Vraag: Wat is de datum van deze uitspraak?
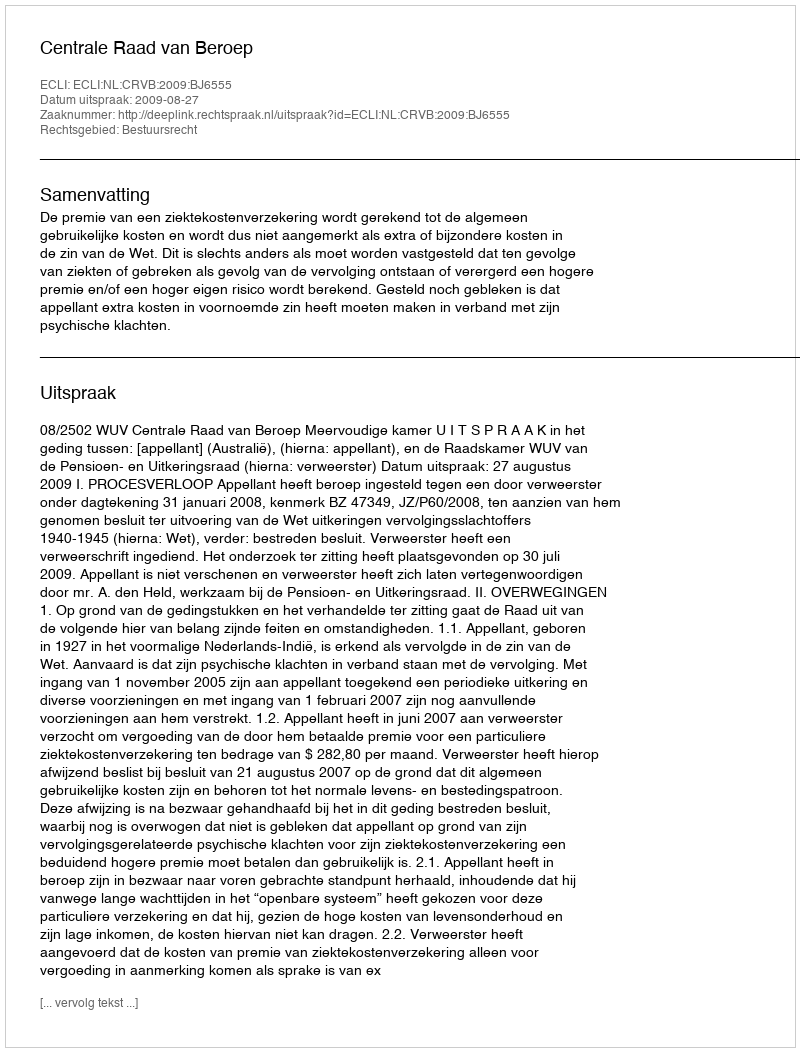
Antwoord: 2009-08-27